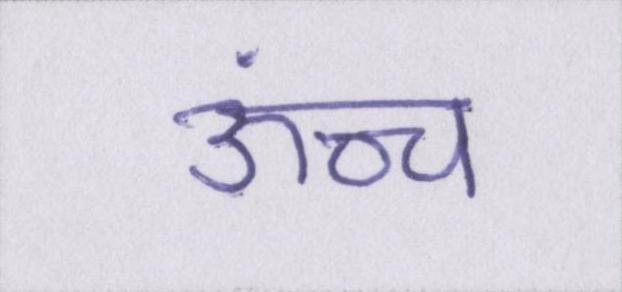
ऊंच्च